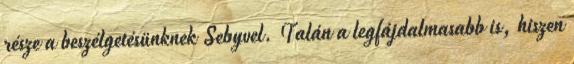
része a beszélgetésünknek Sebyvel. Talán a legfájdalmasabb is, hiszen